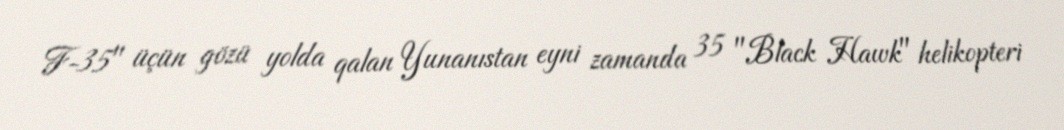
F-35" üçün gözü yolda qalan Yunanıstan eyni zamanda 35 "Black Hawk" helikopteri